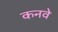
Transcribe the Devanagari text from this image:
कनवे